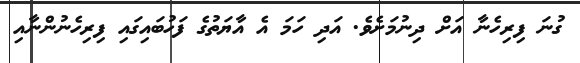
ގުނަ ފިރިހެނާ އަށް ދިނުމަށެވެ. އަދި ހަމަ އެ އާޔަތުގެ ފަހުބައިގައި ފިރިހެނުންނާއި